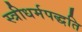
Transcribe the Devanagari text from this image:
स्त्रीधर्मपद्धति